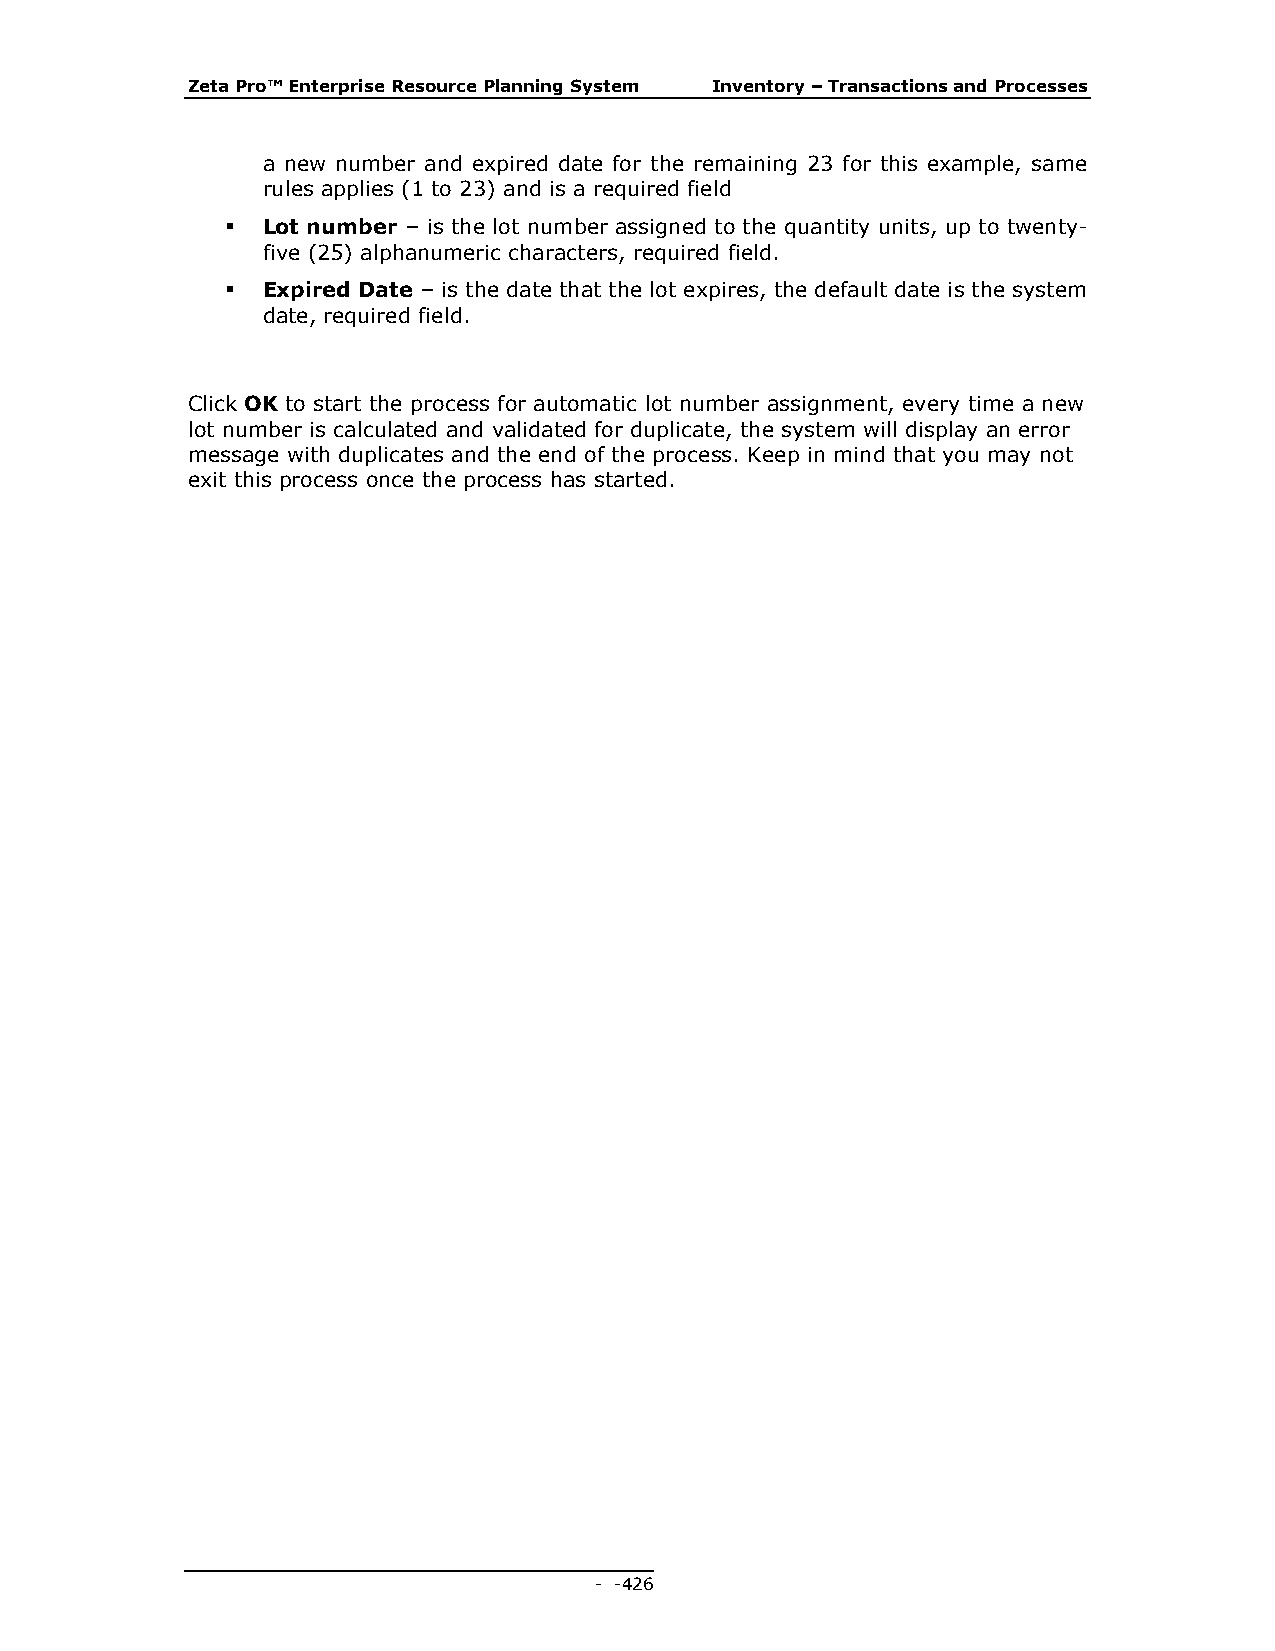
Zeta Pro™ Enterprise Resource Planning System Inventory – Transactions and Processes
 a new number and expired date for the remaining 23 for this example, same
 rules applies (1 to 23) and is a required field
  Lot number – is the lot number assigned to the quantity units, up to twenty-
 five (25) alphanumeric characters, required field.
  Expired Date – is the date that the lot expires, the default date is the system
 date, required field.
 Click OK to start the process for automatic lot number assignment, every time a new
 lot number is calculated and validated for duplicate, the system will display an error
 message with duplicates and the end of the process. Keep in mind that you may not
 exit this process once the process has started.
 - - 426